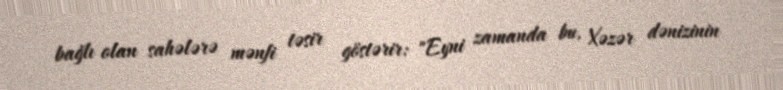
bağlı olan sahələrə mənfi təsir göstərir: "Eyni zamanda bu, Xəzər dənizinin